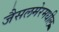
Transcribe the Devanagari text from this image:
जैसलमेरमधील